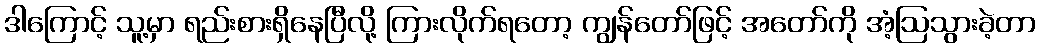
ဒါကြောင့် သူ့မှာ ရည်းစားရှိနေပြီလို့ ကြားလိုက်ရတော့ ကျွန်တော်ဖြင့် အတော်ကို အံ့ဩသွားခဲ့တာ